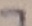
Text: 7